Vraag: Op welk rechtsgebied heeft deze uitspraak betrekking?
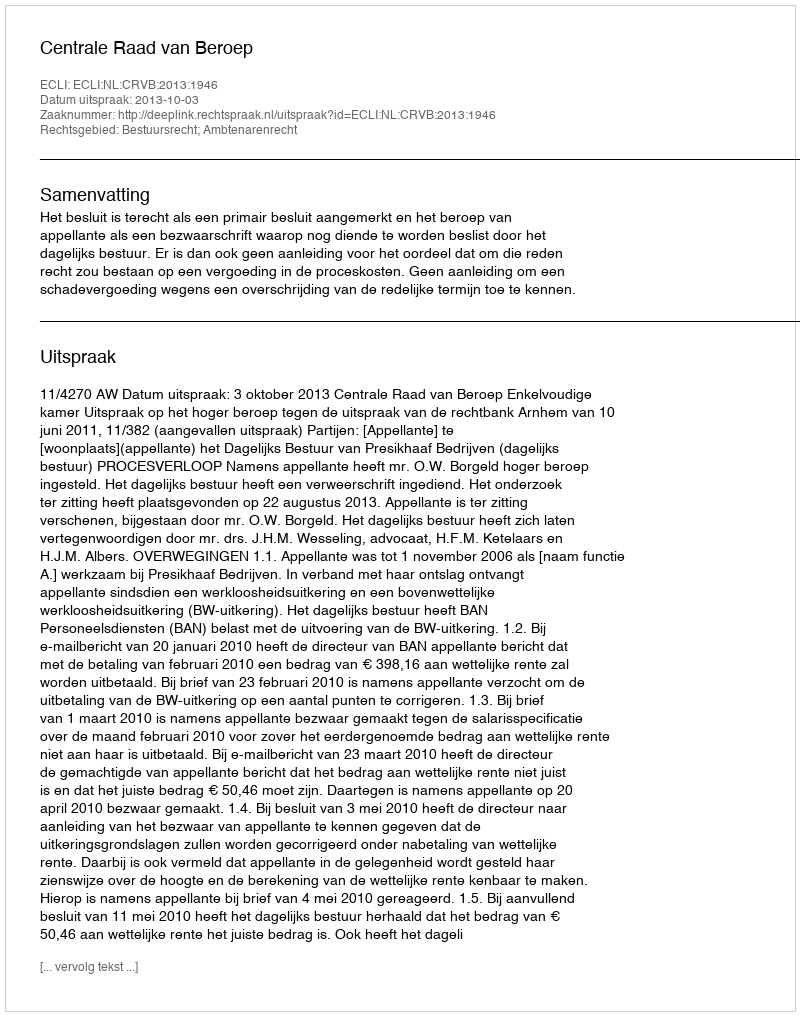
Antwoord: Bestuursrecht; Ambtenarenrecht